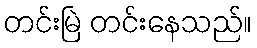
တင်းမြဲ တင်းနေသည်။